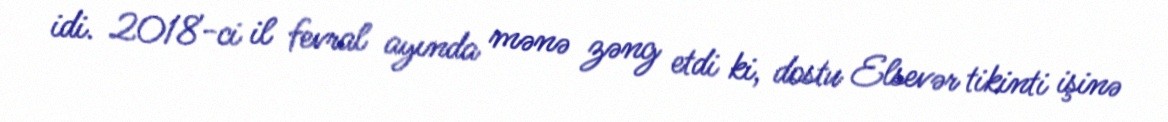
idi. 2018-ci il fevral ayında mənə zəng etdi ki, dostu Elsevər tikinti işinə